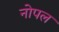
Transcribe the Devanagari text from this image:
नोपल